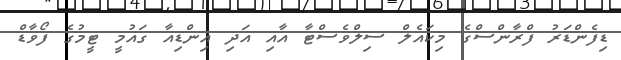
ޑިފެންޑަރު ފްރާންސްގެ މިކައެލް ސިލްވެސްޓާ އާއި އަދި އިންޑިއާ ގައުމީ ޓީމުގެ ފޯވާޑް